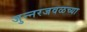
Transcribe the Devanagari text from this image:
जुन्‍नरजवळच्या